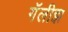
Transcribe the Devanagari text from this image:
गॅलीझ